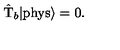
\hat { \mathrm { T } } _ { b } | \mathrm { p h y s } \rangle = 0 .